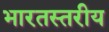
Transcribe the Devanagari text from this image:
भारतस्तरीय